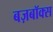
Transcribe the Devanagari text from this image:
बज़बॉक्स